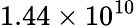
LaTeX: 1.44\times 10^{10}